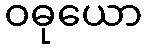
ဝဓုယော